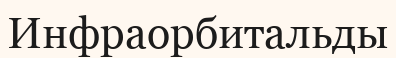
Инфраорбитальды